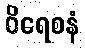
ဝိရေစနံ